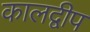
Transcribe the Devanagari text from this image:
कालद्वीप